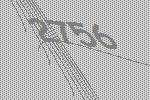
2756